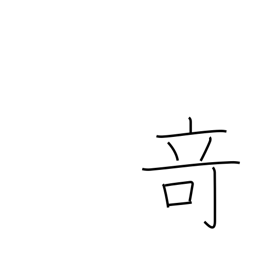
Meaning: strangeness